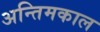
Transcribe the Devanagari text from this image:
अन्तिमकाल